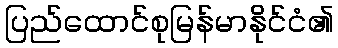
ပြည်ထောင်စုမြန်မာနိုင်ငံ၏